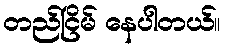
တည်ငြိမ် နေပါတယ်။